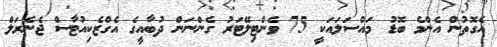
އެގޮތުން އެންމެ ބޮޑު މައްސަލައަކީ 75 ވެންޓިލޭޓަރު ގެންނަން ދުބާއީގެ އެގްޒެކިއުޓާސް ޖެނެރަލް